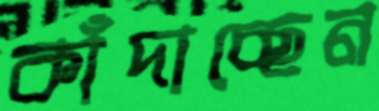
কাঁদাচ্ছেন